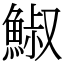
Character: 䱙